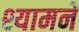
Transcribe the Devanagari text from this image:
श्यामने